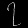
Digit: ၇